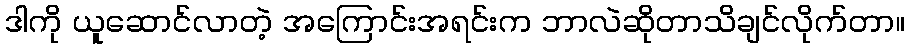
ဒါကို ယူဆောင်လာတဲ့ အကြောင်းအရင်းက ဘာလဲဆိုတာသိချင်လိုက်တာ။